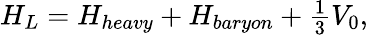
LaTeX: H_{L}=H_{heavy}+H_{baryon}+\textstyle{\frac{1}{3}}V_{0},